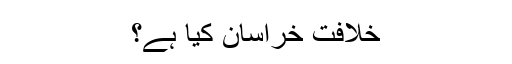
خلافت خراسان کیا ہے؟